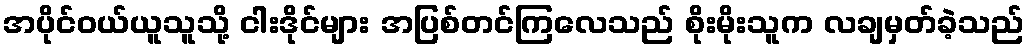
အပိုင်ဝယ်ယူသူသို့ ငါးဒိုင်များ အပြစ်တင်ကြလေသည် စိုးမိုးသူက လချမှတ်ခဲ့သည်